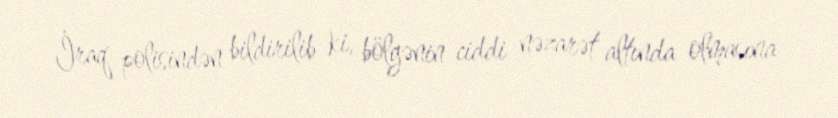
İraq polisindən bildirilib ki, bölgənin ciddi nəzarət altında olmasına